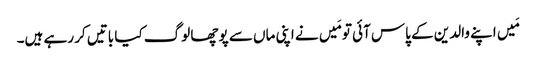
مَیں اپنے والدین کے پاس آئی تو مَیں نے اپنی ماں سے پوچھا لوگ کیا باتیں کر رہے ہیں۔